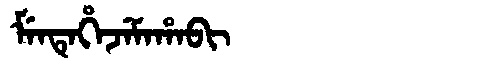
Manchu: ᠮᡝᠨᡨᡝᡥᡝᠵᡝᠮᠠᡥᠠᠪᡳ
Romanization: MENTEHEJEMAHABI